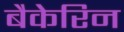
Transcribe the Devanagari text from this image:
बैकेरिन